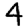
Digit: 4